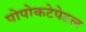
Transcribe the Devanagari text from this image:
पोपोकटेपेटल